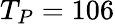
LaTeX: T_{P}=106